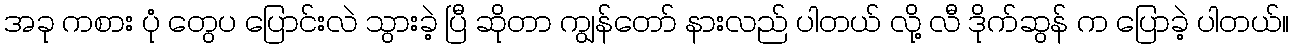
အခု ကစား ပုံ တွေပ ပြောင်းလဲ သွားခဲ့ ပြီ ဆိုတာ ကျွန်တော် နားလည် ပါတယ် လို့ လီ ဒိုက်ဆွန် က ပြောခဲ့ ပါတယ်။